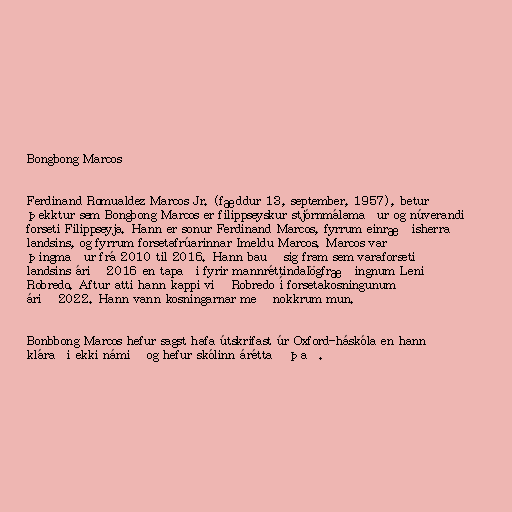
Bongbong Marcos

Ferdinand Romualdez Marcos Jr. (fæddur 13, september, 1957), betur
þekktur sem Bongbong Marcos er filippseyskur stjórnmálamaður og núverandi
forseti Filippseyja. Hann er sonur Ferdinand Marcos, fyrrum einræðisherra
landsins, og fyrrum forsetafrúarinnar Imeldu Marcos. Marcos var
þingmaður frá 2010 til 2016. Hann bauð sig fram sem varaforseti
landsins árið 2016 en tapaði fyrir mannréttindalögfræðingnum Leni
Robredo. Aftur atti hann kappi við Robredo í forsetakosningunum
árið 2022. Hann vann kosningarnar með nokkrum mun.

Bonbbong Marcos hefur sagst hafa útskrifast úr Oxford-háskóla en hann
kláraði ekki námið og hefur skólinn áréttað það.